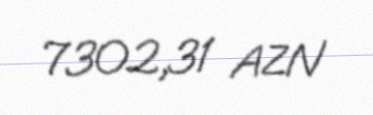
7302,31 AZN